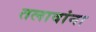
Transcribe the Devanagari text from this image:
तलावांना